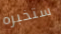
ستخبره